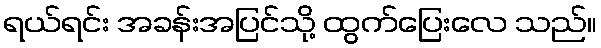
ရယ်ရင်း အခန်းအပြင်သို့ ထွက်ပြေးလေ သည်။